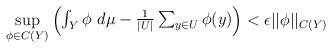
LaTeX: \begin{align*}\sup_{\phi\in C(Y)}\begin{pmatrix}\int_Y\phi~d\mu-{\frac 1{|U|}}\sum_{y\in U}\phi(y)\end{pmatrix}<\epsilon||\phi||_{C(Y)}\end{align*}